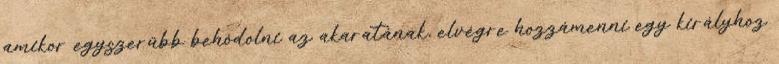
amikor egyszerűbb behódolni az akaratának, elvégre hozzámenni egy királyhoz